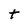
Character: t